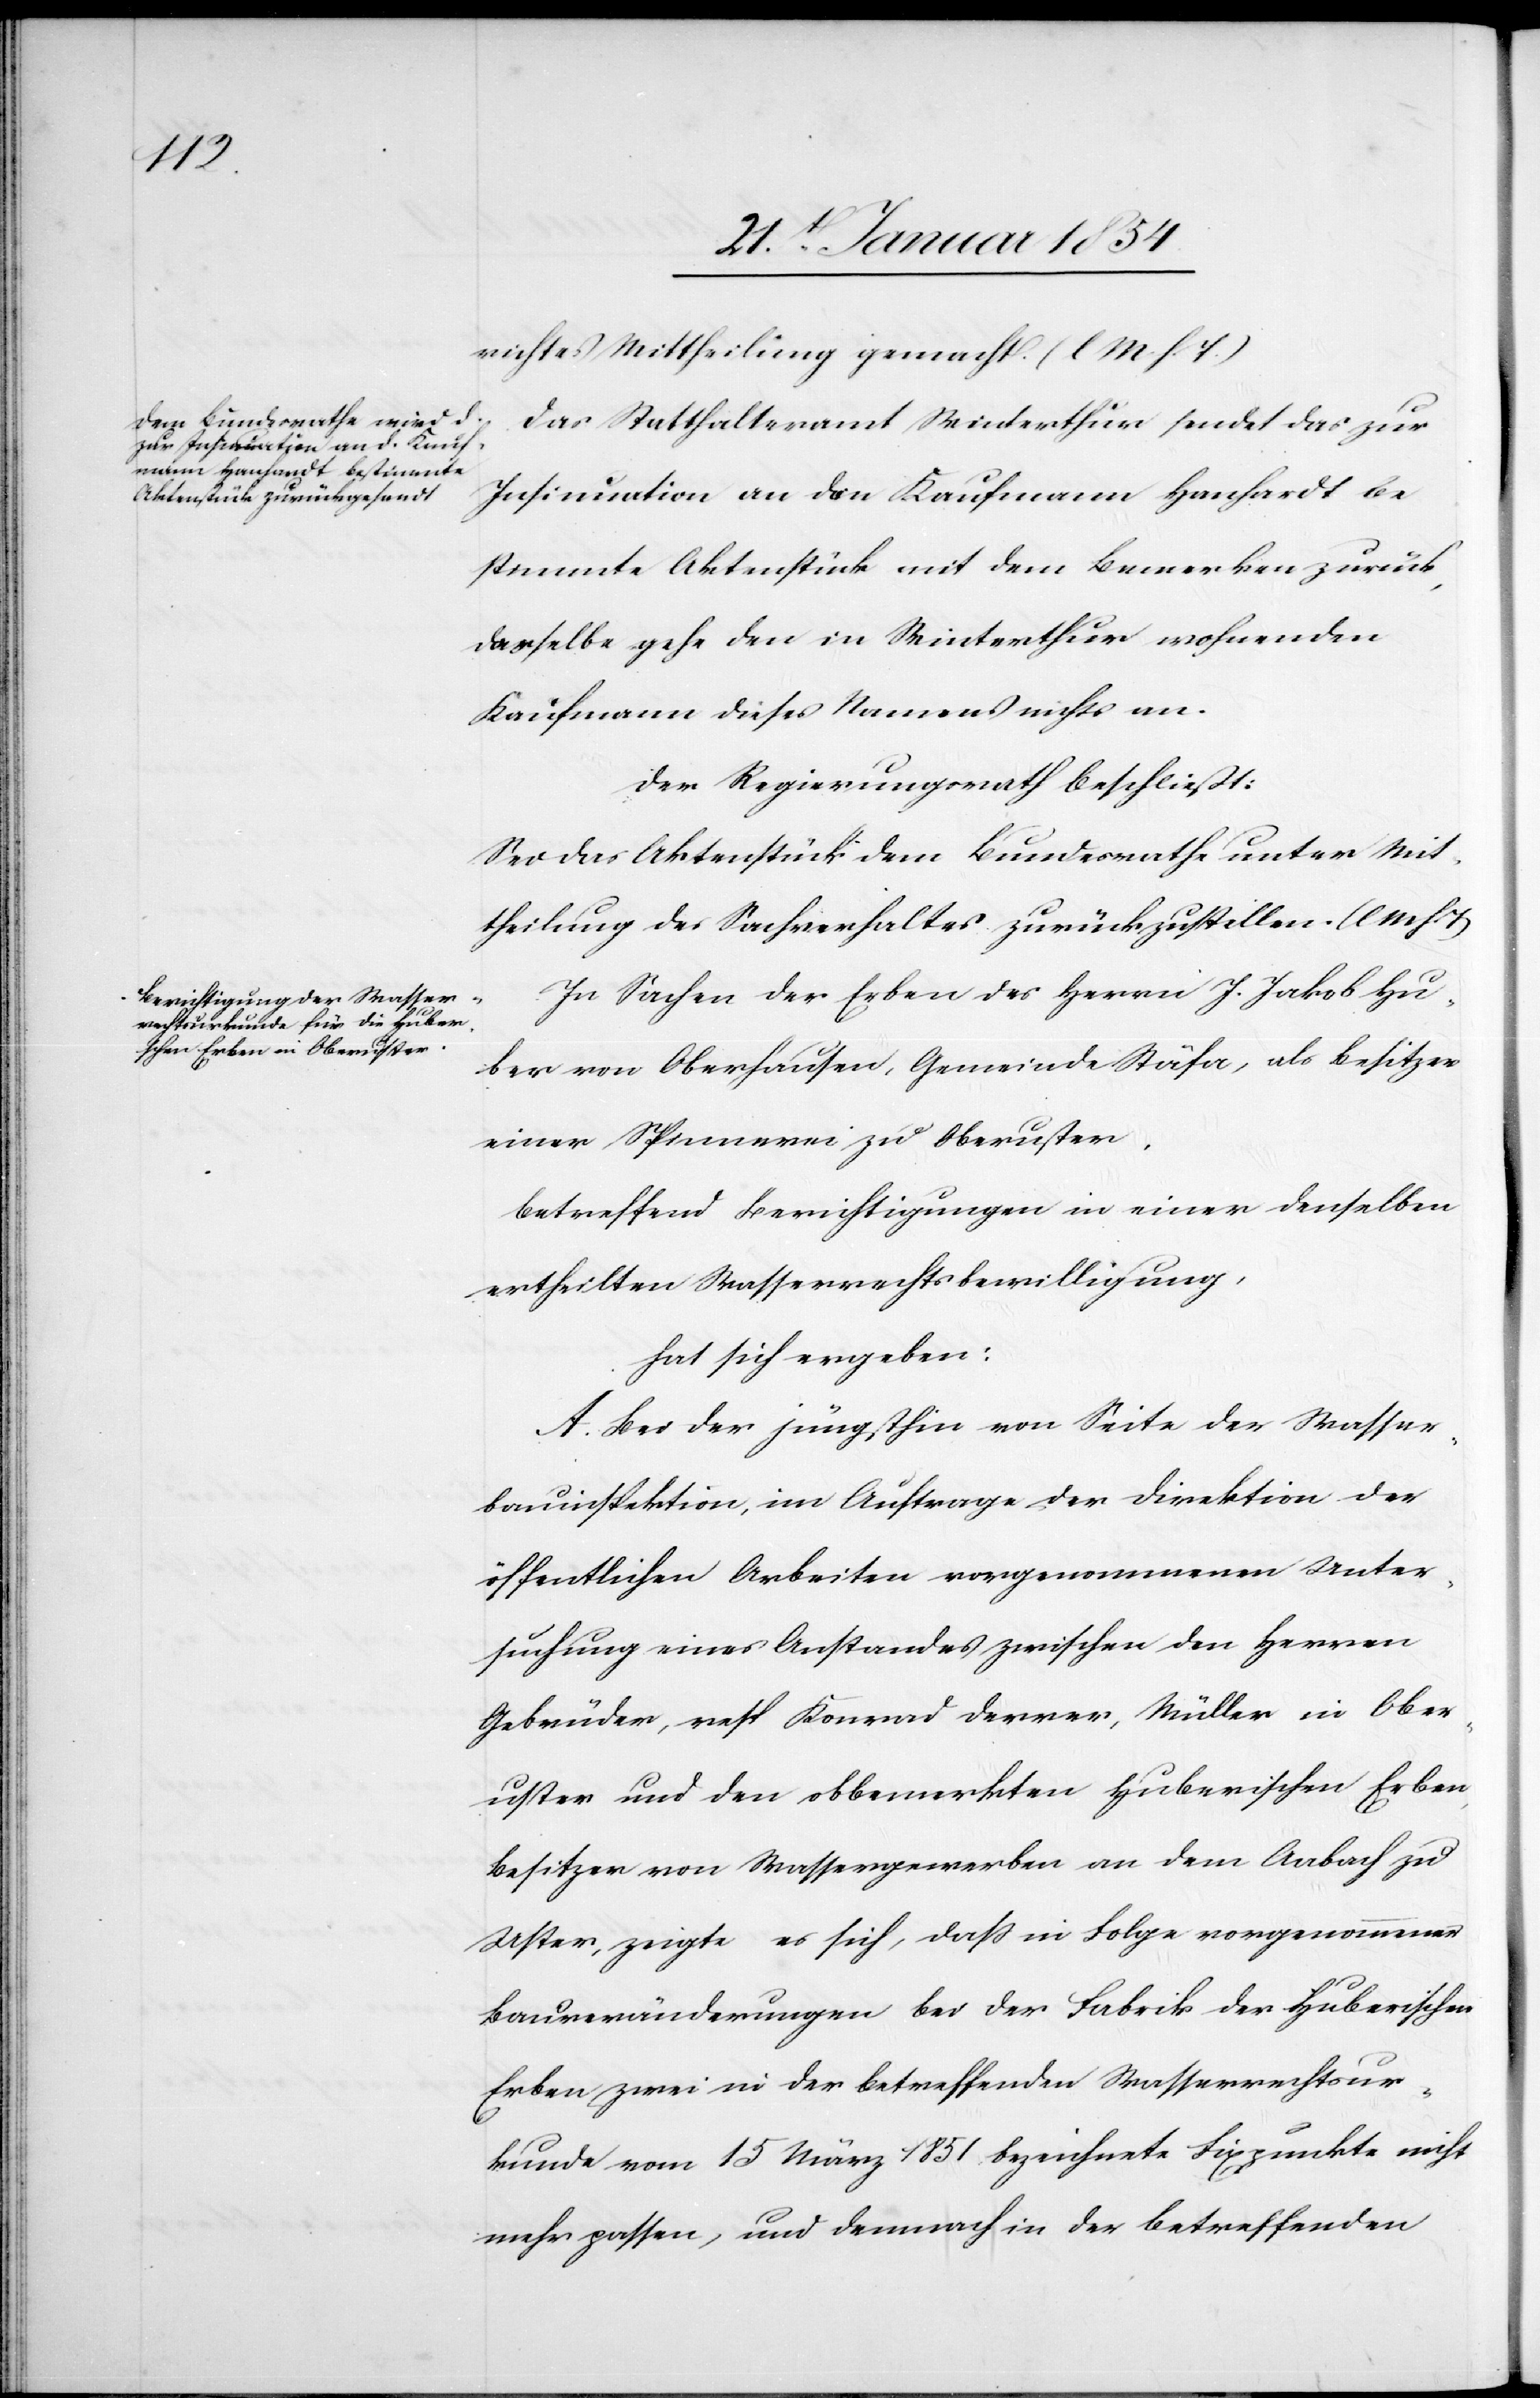
richtes Mittheilung gemacht. (l. M. h. T.)
Das Statthalteramt Winterthur sendet das zur
Insinuation an den Kaufmann Hanhardt be¬
stimmte Aktenstück mit dem Bemerken zurück,
dasselbe gehe den in Winterthur wohnenden
Kaufmann dieses Namens nichts an.
Der Regierungsrath beschließt:
Sei das Aktenstück dem Bundesrathe unter Mit¬
theilung des Sachverhaltes zurückzustellen. (l. M. h. T.)
In Sachen der Erben des Herrn J. Jakob Hu¬
ber von Oberhausen, Gemeinde Stäfa, als Besitzer
einer Spinnerei zu Oberuster,
betreffend Berichtigungen in einer denselben
ertheilten Wasserrechtsbewilligung,
hat sich ergeben:
A. Bei der jüngsthin von Seite der Wasser¬
bauinspektion, im Auftrage der Direktion der
öffentlichen Arbeiten vorgenommenen Unter¬
suchung eines Aufstandes zwischen den Herren
Gebrüder, resp. Konrad Derrer, Müller in Ober¬
uster und den obbemerkten Huberischen Erben,
Besitzer von Wassergewerben an dem Aabach zu
Uster, zeigte es sich, daß in Folge vorgenommener
Bauveränderungen bei der Fabrik der Huberischen
Erben zwei in der betreffenden Wasserrechtsur¬
kunde vom 15 März 1851 bezeichnete Fixpunkte nicht
mehr passen, und demnach in der betreffenden